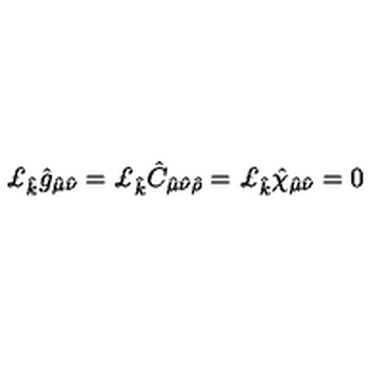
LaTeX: \pounds _ { \hat { k } } \hat { g } _ { \hat { \mu } \hat { \nu } } = \pounds _ { \hat { k } } \hat { C } _ { \hat { \mu } \hat { \nu } \hat { \rho } } = \pounds _ { \hat { k } } \hat { \chi } _ { \hat { \mu } \hat { \nu } } = 0